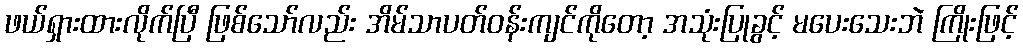
ဖယ်ရှားထားလိုက်ပြီ ဖြစ်သော်လည်း အိမ်သာပတ်ဝန်းကျင်ကိုတော့ အသုံးပြုခွင့် မပေးသေးဘဲ ကြိုးဖြင့်